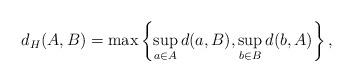
LaTeX: \begin{align*} d_H(A,B)=\max\left\{\sup_{a\in A}d(a,B),\sup_{b\in B}d(b,A)\right\},\end{align*}